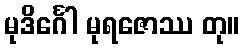
မုဒိင်္ဂေါ မုရဇောဿ တု။